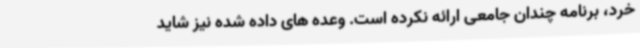
خرد، برنامه چندان جامعی ارائه نکرده است. وعده های داده شده نیز شاید